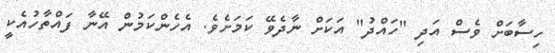
ހިސާބަށް ވެސް އަދި "ހައްދު" އަކަށް ނާދެވޭ ކަމަށެވެ. އެހެންކަމުން އޭނާ ފައްތާހުއެކީ